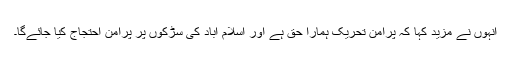
انہوں نے مزید کہا کہ پرامن تحریک ہمارا حق ہے اور اسلام آباد کی سڑکوں پر پرامن احتجاج کیا جائےگا۔